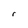
Character: r